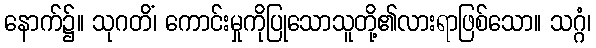
နောက်၌။ သုဂတိံ၊ ကောင်းမှုကိုပြုသောသူတို့၏လားရာဖြစ်သော။ သဂ္ဂံ၊